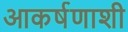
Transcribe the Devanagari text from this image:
आकर्षणाशी